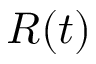
R ( t )